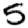
Digit: 5